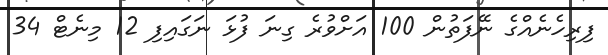
ފިރިހެނެއްގެ ނޭފަތުން 100 އަށްވުރެ ގިނަ ފުޅަ ނަގައިފި 12 މިނެޓް 34